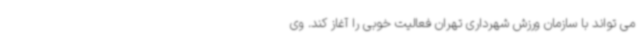
می تواند با سازمان ورزش شهرداری تهران فعالیت خوبی را آغاز کند. وی